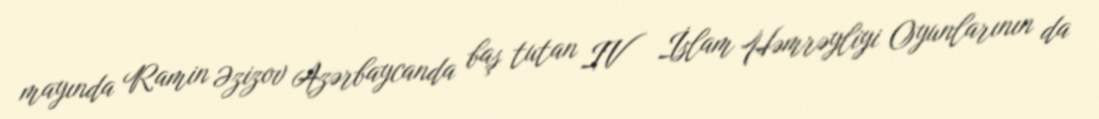
mayında Ramin Əzizov Azərbaycanda baş tutan IV İslam Həmrəyliyi Oyunlarının da